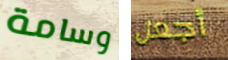
وسامة أجعل